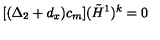
[ ( \Delta _ { 2 } + d _ { x } ) c _ { m } ] ( { \tilde { H } } ^ { 1 } ) ^ { k } = 0